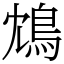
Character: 鴆